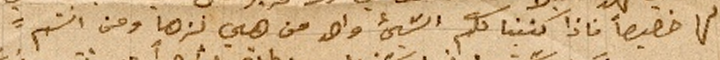
ها خصيصاً فاذا كتبنالكم الشيء واحد من هي نزها ومن انتم؟